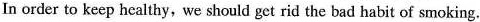
In order to keep healthy,we should get rid the bad habit of smoking.